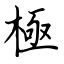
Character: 極